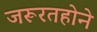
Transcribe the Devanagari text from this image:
जरूरतहोने